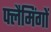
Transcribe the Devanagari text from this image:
फ्लैमिंगों